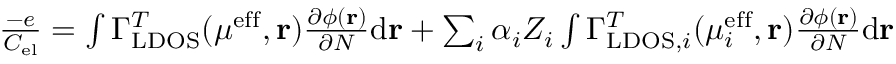
\begin{array} { r } { \frac { - e } { C _ { \mathrm { e l } } } = \int \Gamma _ { \mathrm { L D O S } } ^ { T } ( \mu ^ { \mathrm { e f f } } , \mathbf { r } ) \frac { \partial \phi ( \mathbf { r } ) } { \partial N } \mathrm { d } \mathbf { r } + \sum _ { i } \alpha _ { i } Z _ { i } \int \Gamma _ { \mathrm { L D O S } , i } ^ { T } ( \mu _ { i } ^ { \mathrm { e f f } } , \mathbf { r } ) \frac { \partial \phi ( \mathbf { r } ) } { \partial N } \mathrm { d } \mathbf { r } } \end{array}